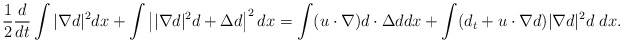
\begin{align*}\frac{1}{2} \frac{d}{dt}\int |\nabla d|^2 dx+\int \left||\nabla d|^2 d+\Delta d\right|^2dx=\int (u\cdot \nabla)d \cdot \Delta d dx+\int(d_t+u\cdot \nabla d)|\nabla d|^2 d \ dx.\end{align*}